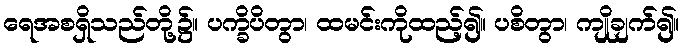
ရေအစရှိသည်တို့၌။ ပက္ခိပိတွာ၊ ထမင်းကိုထည့်၍။ ပစိတွာ၊ ကျိုချက်၍။